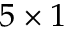
5 \times 1